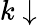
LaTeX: k\downarrow